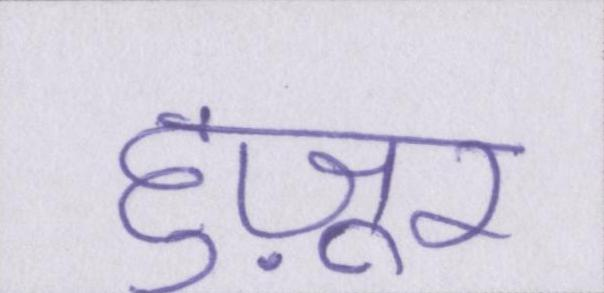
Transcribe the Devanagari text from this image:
हुज़ूर